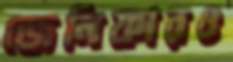
জেনিফারও